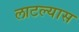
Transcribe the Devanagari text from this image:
लाटल्यास